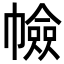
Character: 𢅐